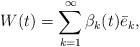
LaTeX: \begin{align*}W(t)=\sum_{k=1}^{\infty}\beta_k(t)\bar{e}_k,\end{align*}